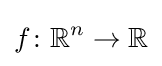
f\colon \mathbb {R} ^{n}\to \mathbb {R}